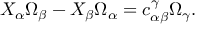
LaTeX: X _ { \alpha } \Omega _ { \beta } - X _ { \beta } \Omega _ { \alpha } = c _ { \alpha \beta } ^ { \gamma } \Omega _ { \gamma } .